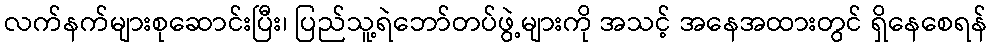
လက်နက်များစုဆောင်းပြီး၊ ပြည်သူ့ရဲဘော်တပ်ဖွဲ့များကို အသင့် အနေအထားတွင် ရှိနေစေရန်